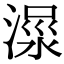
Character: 𣹺